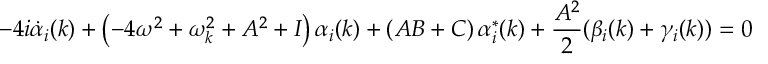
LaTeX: - 4 i \dot { \alpha } _ { i } ( k ) + \left( - 4 \omega ^ { 2 } + \omega _ { k } ^ { 2 } + A ^ { 2 } + { \cal I } \right) \alpha _ { i } ( k ) + \left( A B + { \cal C } \right) \alpha _ { i } ^ { * } ( k ) + { \frac { A ^ { 2 } } { 2 } } ( \beta _ { i } ( k ) + \gamma _ { i } ( k ) ) = 0